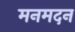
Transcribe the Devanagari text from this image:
मनमदन